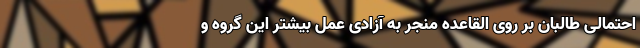
احتمالی طالبان بر روی القاعده منجر به آزادی عمل بیشتر این گروه و